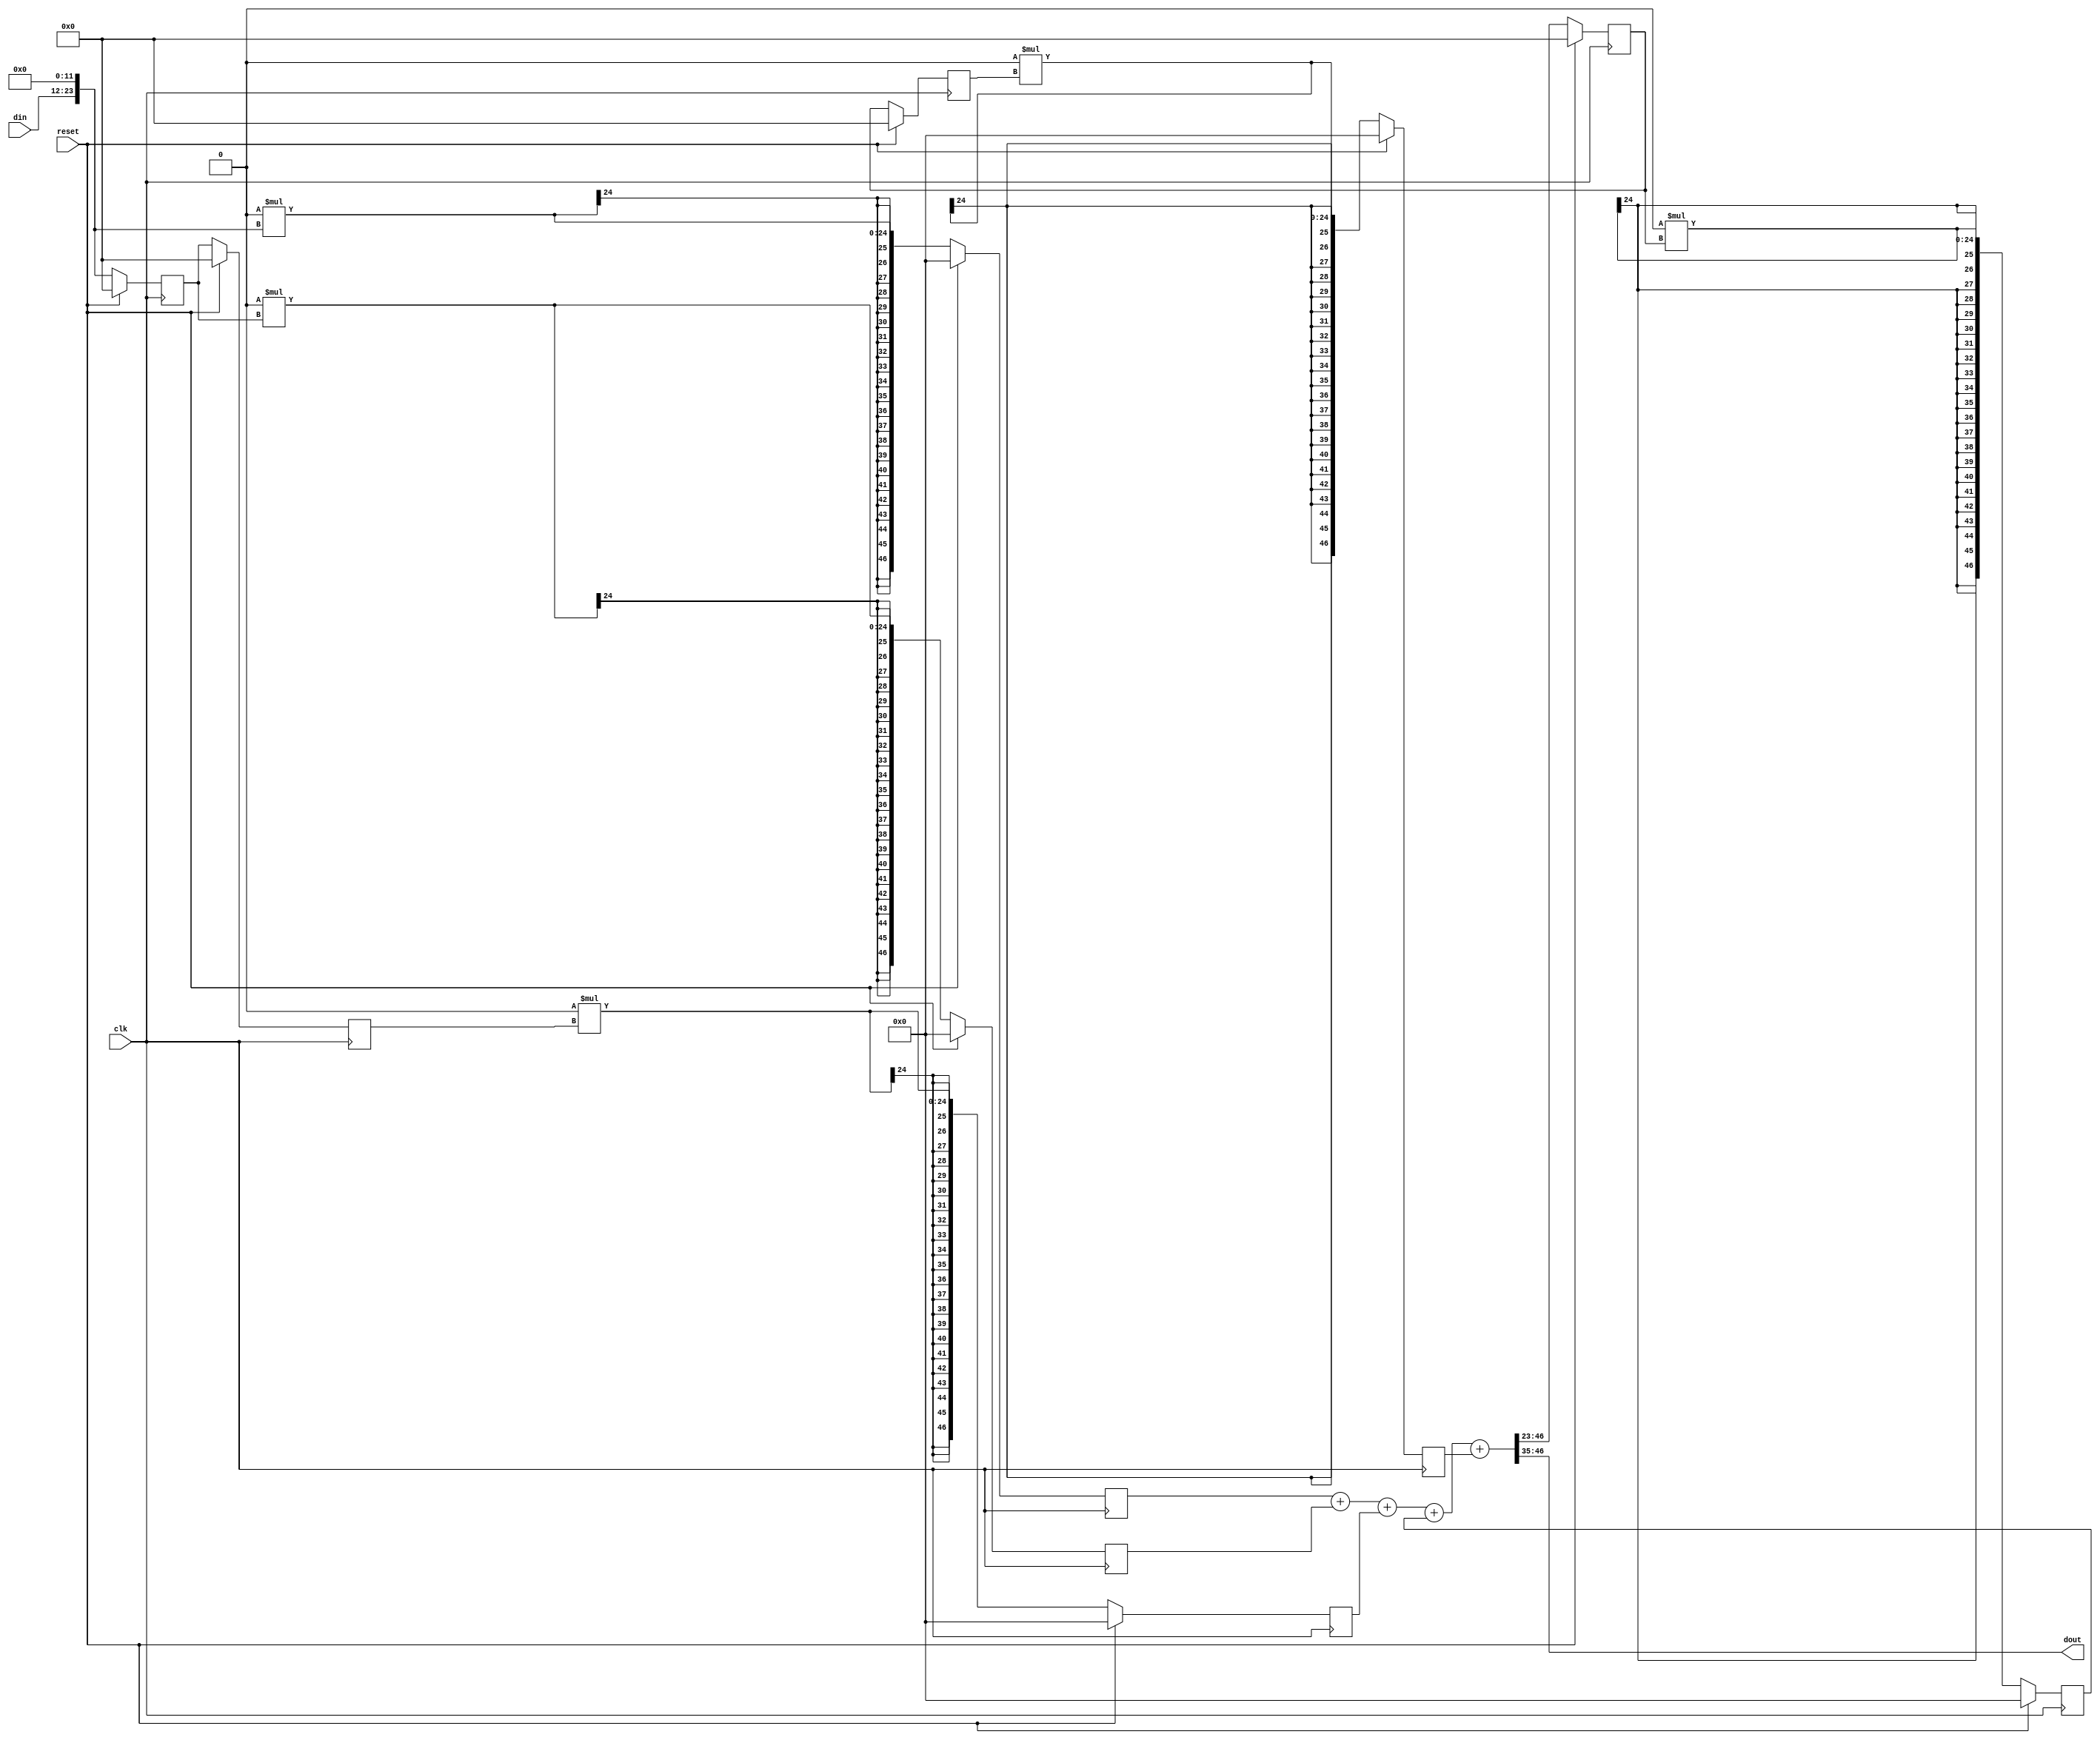
module biquad_filter #(
    parameter INOUT_WIDTH = 12,
    parameter INOUT_DECIMAL_WIDTH = 11,
    parameter COEF_WIDTH = 24,
    parameter COEF_DECIMAL_WIDTH = 23,
    parameter INTERNAL_WIDTH = 24,
    parameter INTERNAL_DECIMAL_WIDTH = 23,
    // Coefficients
    parameter signed b0 = 0,
    parameter signed b1 = 0,
    parameter signed b2 = 0,
    parameter signed a1 = 0,
    parameter signed a2 = 0
) (
    input clk,
    input reset, 

    input  [INOUT_WIDTH-1:0] din,
    output [INOUT_WIDTH-1:0] dout
);

    localparam INOUT_INTEGER_WIDTH = INOUT_WIDTH - INOUT_DECIMAL_WIDTH;
    localparam COEF_INTEGER_WIDTH = COEF_WIDTH - COEF_DECIMAL_WIDTH;
    localparam INTERNAL_INTEGER_WIDTH = INTERNAL_WIDTH - INTERNAL_DECIMAL_WIDTH;

    wire signed [INTERNAL_WIDTH-1:0] x_n_int;
    wire signed [INTERNAL_WIDTH-1:0] b0_int;
    wire signed [INTERNAL_WIDTH-1:0] b1_int;
    wire signed [INTERNAL_WIDTH-1:0] b2_int;
    wire signed [INTERNAL_WIDTH-1:0] a1_int;
    wire signed [INTERNAL_WIDTH-1:0] a2_int;
    wire signed [INTERNAL_WIDTH-1:0] y_n_int;

    // Previous values regs
    reg signed [INTERNAL_WIDTH-1:0] x_n1;
    reg signed [INTERNAL_WIDTH-1:0] x_n2;
    reg signed [INTERNAL_WIDTH-1:0] y_n1;
    reg signed [INTERNAL_WIDTH-1:0] y_n2;

    // Product values regs
    reg signed [INTERNAL_WIDTH+INTERNAL_WIDTH-1:0] product_b0; // x_{n}*b0
    reg signed [INTERNAL_WIDTH+INTERNAL_WIDTH-1:0] product_b1; // x_{n-1}*b1  
    reg signed [INTERNAL_WIDTH+INTERNAL_WIDTH-1:0] product_b2; // x_{n-2}*b2
    reg signed [INTERNAL_WIDTH+INTERNAL_WIDTH-1:0] product_a1; // y_{n-1}*a1
    reg signed [INTERNAL_WIDTH+INTERNAL_WIDTH-1:0] product_a2; // y_{n-2}*a2
    wire signed [INTERNAL_WIDTH+INTERNAL_WIDTH-1:0] y_n_add;   // sum(product_*)

    // Resize
    assign x_n_int = { {(INTERNAL_INTEGER_WIDTH-INOUT_INTEGER_WIDTH){din[INOUT_WIDTH-1]}}, din, {(INTERNAL_DECIMAL_WIDTH-INOUT_DECIMAL_WIDTH){1'b0}} };
    assign b0_int  = { {(INTERNAL_INTEGER_WIDTH-COEF_INTEGER_WIDTH){b0[COEF_WIDTH-1]}}, b0, {(INTERNAL_DECIMAL_WIDTH-COEF_DECIMAL_WIDTH){1'b0}} };
    assign b1_int  = { {(INTERNAL_INTEGER_WIDTH-COEF_INTEGER_WIDTH){b1[COEF_WIDTH-1]}}, b1, {(INTERNAL_DECIMAL_WIDTH-COEF_DECIMAL_WIDTH){1'b0}} };
    assign b2_int  = { {(INTERNAL_INTEGER_WIDTH-COEF_INTEGER_WIDTH){b2[COEF_WIDTH-1]}}, b2, {(INTERNAL_DECIMAL_WIDTH-COEF_DECIMAL_WIDTH){1'b0}} };
    assign a1_int  = { {(INTERNAL_INTEGER_WIDTH-COEF_INTEGER_WIDTH){a1[COEF_WIDTH-1]}}, a1, {(INTERNAL_DECIMAL_WIDTH-COEF_DECIMAL_WIDTH){1'b0}} };
    assign a2_int  = { {(INTERNAL_INTEGER_WIDTH-COEF_INTEGER_WIDTH){a2[COEF_WIDTH-1]}}, a2, {(INTERNAL_DECIMAL_WIDTH-COEF_DECIMAL_WIDTH){1'b0}} };

    // Saving previous values
    always @(posedge clk) begin
        if (reset) begin
            x_n1 <= 0;
            x_n2 <= 0;
            y_n1 <= 0;
            y_n2 <= 0;
        end else begin
            x_n2 <= x_n1;
            x_n1 <= x_n_int;
            y_n2 <= y_n1;
            y_n1 <= y_n_int;
        end
    end

    //Computing multiplications
    always @(posedge clk) begin
        if (reset) begin
            product_b0 <= 0;
            product_b1 <= 0;
            product_b2 <= 0;
            product_a1 <= 0;
            product_a2 <= 0;
        end else begin
            product_b0 <= b0 * x_n_int;
            product_b1 <= b1 * x_n1;
            product_b2 <= b2 * x_n2;
            product_a1 <= a1 * y_n1;
            product_a2 <= a2 * y_n2;
        end
    end
    // Add the biquad formula, though it still has 2*INTERNAL_SIZE bits because of multiplication
    assign y_n_add = product_b0 + product_b1 + product_b2 + product_a1 + product_a2;
    // Truncate to internal size
    assign y_n_int = y_n_add >>> (INTERNAL_DECIMAL_WIDTH);
    // Lastly put INOUT_WIDTH bits on output
    assign dout = y_n_int >>> (INTERNAL_DECIMAL_WIDTH-INOUT_DECIMAL_WIDTH)    ;
endmodule